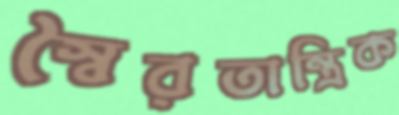
স্বৈরতান্ত্রিক